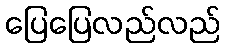
ပြေပြေလည်လည်